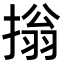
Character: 㨣